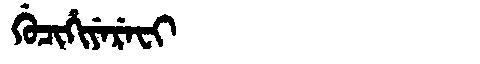
Manchu: ᡤᡠᠴᡳᡥᡳᠶᡝᡵᡝᠸᡳ
Romanization: GUCIHIYEREFI